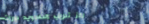
مركز تدريب الحاسوب: دورات